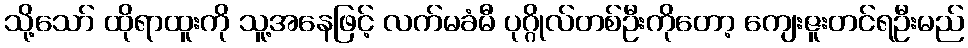
သို့သော် ထိုရာထူးကို သူ့အနေဖြင့် လက်မခံမီ ပုဂ္ဂိုလ်တစ်ဦးကိုတော့ ကျေးဇူးတင်ရဦးမည်